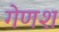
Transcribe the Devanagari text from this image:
गेणश